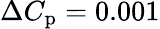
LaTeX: \Delta C_{\mathrm{p}}=0.001